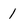
Character: 1